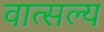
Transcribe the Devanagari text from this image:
वात्‍सल्‍य